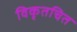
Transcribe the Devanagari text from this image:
विकृतचित